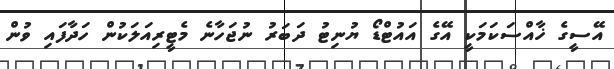
އޭސީގެ ޚާއްސަކަމަކީ އޭގެ އައުޓްޑޯ ޔުނިޓު ދަބަރު ނުޖަހާނެ މެޓީރިއަލަކުން ހަދާފައި ވުން